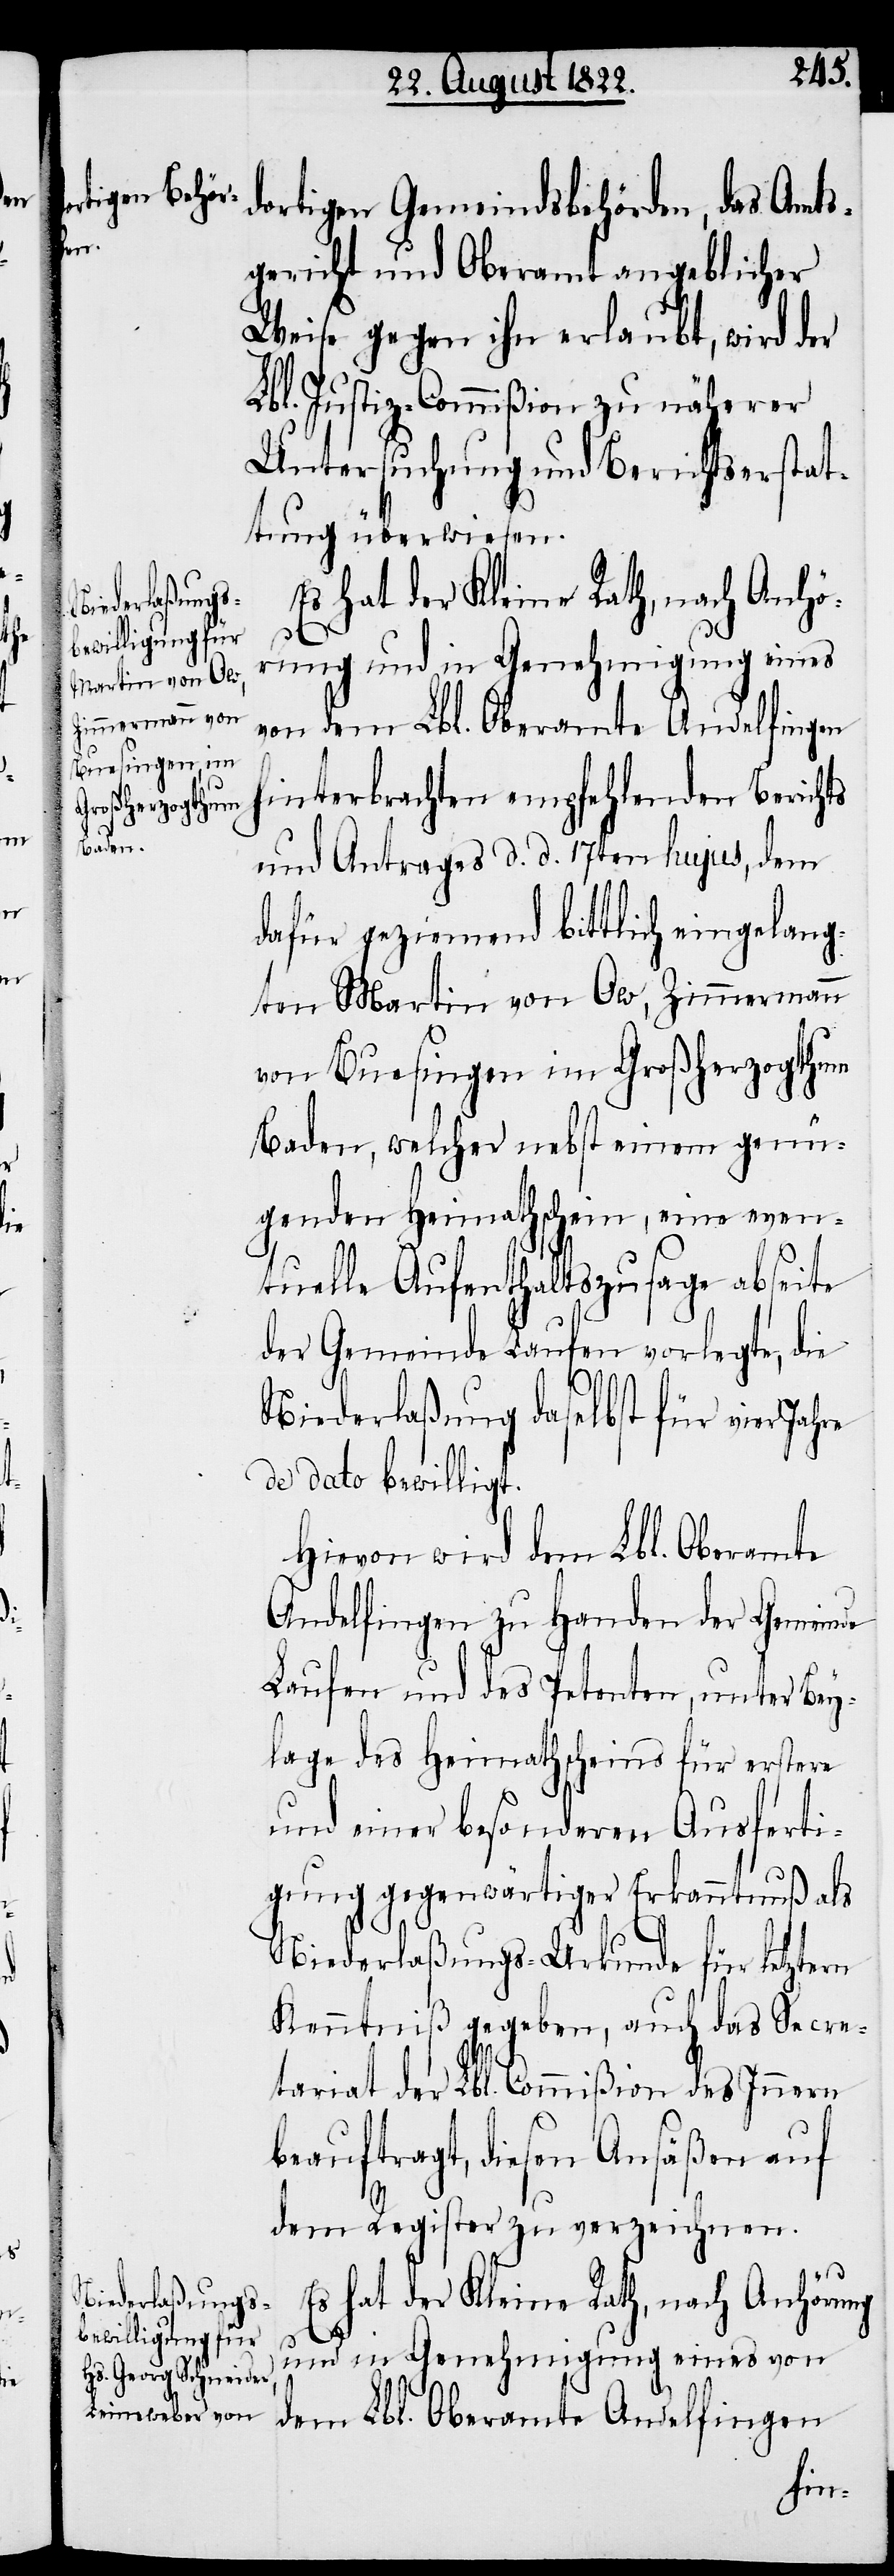
dortigen Gemeindsbehörden, das Amts¬
gericht und Oberamt angeblicher
Weise gegen ihn erlaubt, wird der
Lbl. Justiz-Commißion zu näherer
Untersuchung und Berichterstat¬
tung überwiesen.
Es hat der Kleine Rath, nach Anhö¬
rung und in Genehmigung eines
von dem Lbl. Oberamte Andelfingen
hinterbrachten empfehlenden Berichts
und Antrags d. d. 17ten hujus, dem
dafür geziemend bittlich eingelang¬
ten Martin von Ow, Zimmermann
von Buesingen im Großherzogthum
Baden, welcher nebst einem genü¬
genden Heimathschein, eine even¬
tuelle Aufenthaltszusage abseite
der Gemeinde Laufen vorlegte, die
Niederlaßung daselbst für vier Jahre
de dato bewilligt.
Hievon wird dem Lbl. Oberamte
Andelfingen zu Handen der Gemeinde
Laufen und des Petenten, unter Bey¬
lage des Heimathscheins für erstere
und einer besonderen Ausferti¬
gung gegenwärtiger Erkanntnuß als
Niederlaßungs-Urkunde für letztern
Kenntniß gegeben, auch das Secre¬
tariat der Lbl. Commißion des Innern
beauftragt, diesen Ansäßen auf
dem Register zu verzeichnen.
Es hat der Kleine Rath, nach Anhörung
und in Genehmigung eines von
dem Lbl. Oberamte Andelfingen